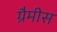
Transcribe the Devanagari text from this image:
ग्रैमीस